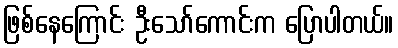
ဖြစ်နေကြောင်း ဦးသော်ကောင်းက ပြောပါတယ်။